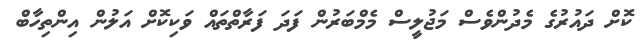
ކޮށް ދައުރުގެ މެދުންވެސް މަޖުލީސް މެމްބަރުން ފަދަ ފަރާތްތައް ވަކިކޮށް އަލުން އިންތިހާބް